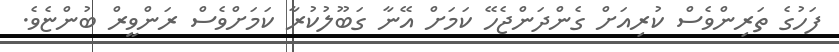
ފަހުގެ ތަރިންވެސް ކުރިއަށް ގެންދަންޖެހޭ ކަމަށް އޭނާ ގަބޫލުކުރާ ކަމަށްވެސް ރަންވީރް ބުންޏެވެ.